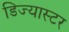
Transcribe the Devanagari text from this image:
डिज्यास्टर